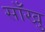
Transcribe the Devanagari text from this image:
साँखु